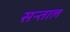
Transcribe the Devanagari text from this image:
सन्ताल